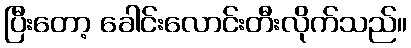
ပြီးတော့ ခေါင်းလောင်းတီးလိုက်သည်။